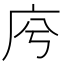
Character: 𢇱